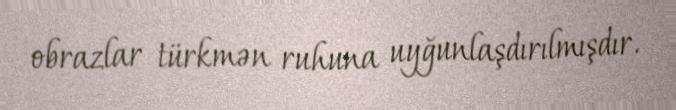
obrazlar türkmən ruhuna uyğunlaşdırılmışdır.